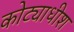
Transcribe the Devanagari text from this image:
कोट्याधीश